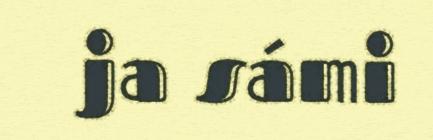
ja sámi